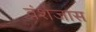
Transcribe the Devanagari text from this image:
वंशजास